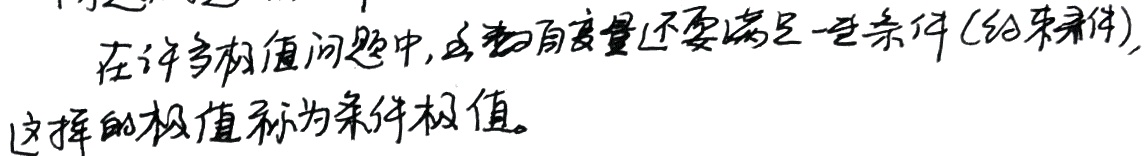
在许多极值问题中,函数自变量还要满足一些条件 (约束条件),这样的极值称为条件极值。